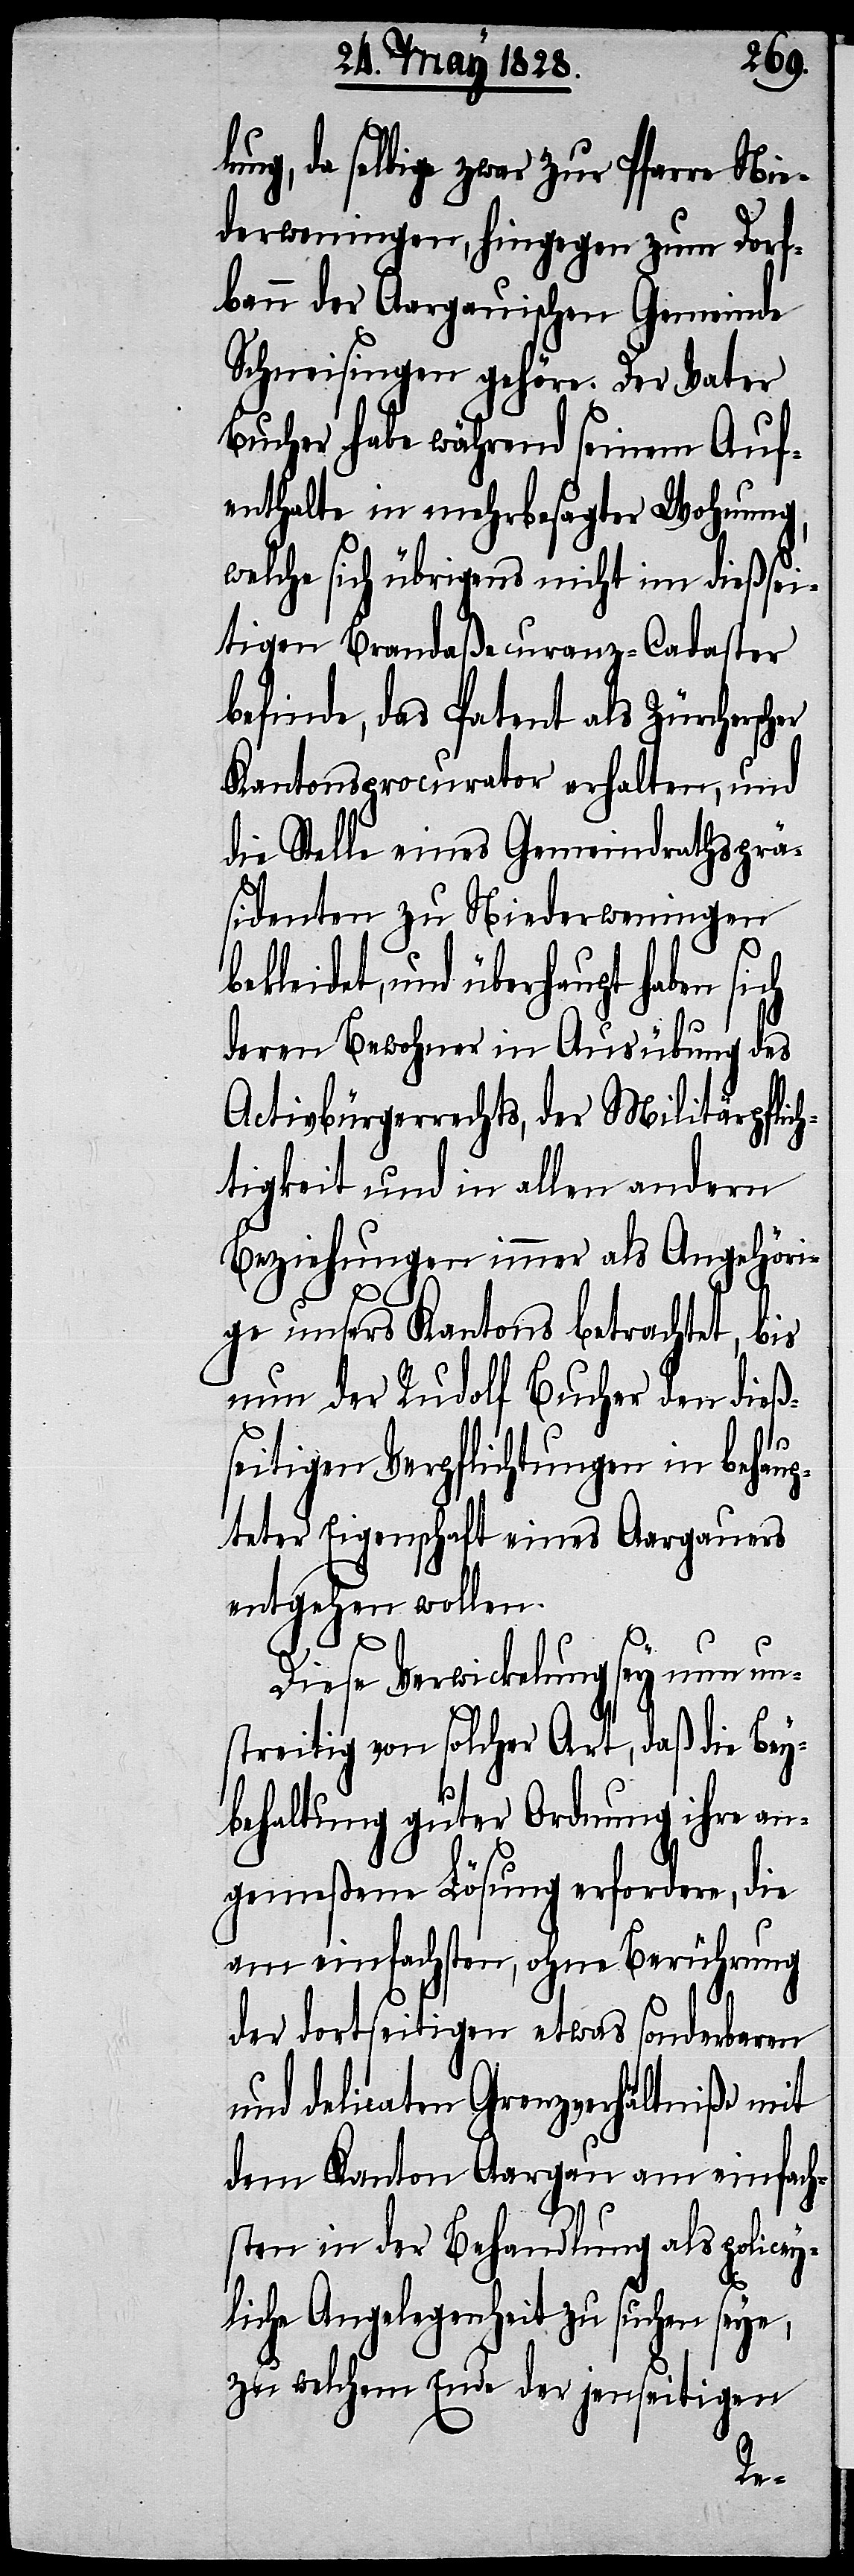
lung, da selbige zwar zur Pfarre Nie¬
derweningen, hingegen zum Dorf¬
bann der Aargauischen Gemeinde
Schneisingen gehöre. Der Vater
Bucher habe während seinem Auf¬
enthalte in mehrbesagter Wohnung,
welche sich übrigens nicht im dießsei¬
tigen Brandaßecuranz-Cadaster
befinde, das Patent als Zürchersc¬
Kantonsprocurator erhalten, und
die Stelle eines Gemeindrathsprä¬
sidenten zu Niederweningen
behaltung von solcher Art,
deren Bewohner in Ausübung des
Activbürgerrechts, der Militärpflich¬
tigkeit und in allen andern
Beziehungen immer als Angehöri¬
ge unsers Kantons betrachtet, bis
nun der Rudolf Bucher den dieß¬
seitigen Verpflichtungen in behaup¬
teter Eigenschaft eines Aargauers
entgehen wollen.
Diese Verwicklung sey nun un¬
streitig von solcher Art, daß die Bey¬
behaltung guter Ordnung ihre an¬
gemeßene Lösung erfordere, die
am einfachsten, ohne Berührung
der dortseitigen etwas sonderbaren
und delicaten Grenzverhältniße mit
dem Kanton Aargau am einfach¬
sten in der Behandlung als policey¬
liche Angelegenheit zu suchen seye,
zu welchem Ende der jenseitigen
Bey¬